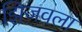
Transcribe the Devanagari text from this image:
झिजवला